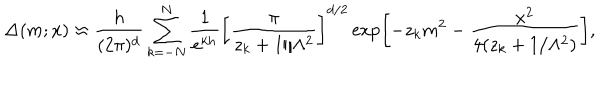
\Delta ( m ; x ) \approx \frac { h } { ( 2 \pi ) ^ { d } } \sum _ { k = - N } ^ { N } \frac { 1 } { e ^ { k h } } \left[ \frac { \pi } { z _ { k } + 1 / \Lambda ^ { 2 } } \right] ^ { d / 2 } \exp \left[ - z _ { k } m ^ { 2 } - \frac { x ^ { 2 } } { 4 ( z _ { k } + 1 / \Lambda ^ { 2 } ) } \right] ,